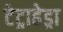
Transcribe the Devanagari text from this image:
टेट्राहेड्रा